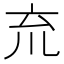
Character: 㐬